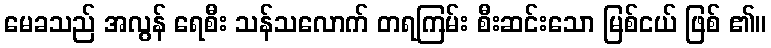
မေခသည် အလွန် ရေစီး သန်သလောက် တရကြမ်း စီးဆင်းသော မြစ်ငယ် ဖြစ် ၏။